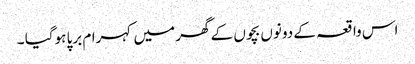
اس واقعہ کے دونوں بچوں کے گھر میں کہرام برپا ہوگیا ۔